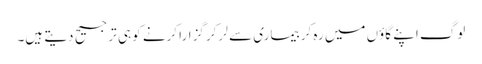
لوگ اپنے گاؤں میں رہ کر بیماری سے لر کر گزارا کرنے کو ہی ترجیح دیتے ہیں۔